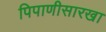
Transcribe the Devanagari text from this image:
पिपाणीसारखा